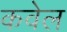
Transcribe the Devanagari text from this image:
कवेल